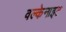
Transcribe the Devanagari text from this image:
वल्केनाइट